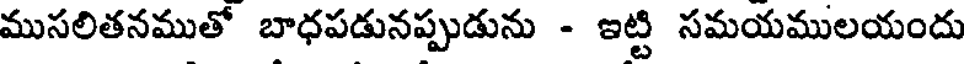
ముసలితనముతో బాధపడునప్పుడును - ఇట్టి సమయములయందు